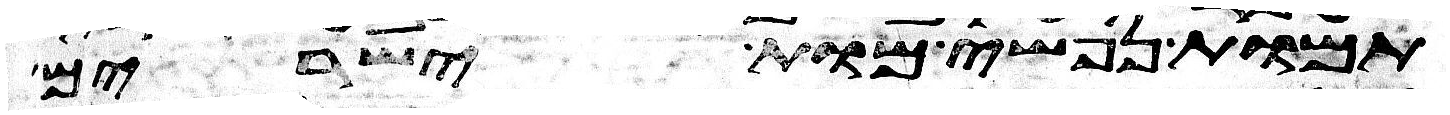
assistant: תמות נפשי מות ישירים